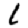
Digit: 1